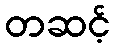
တဆင့်